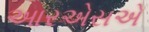
આરએસએ